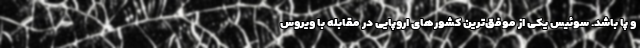
و پا باشد. سوئیس یکی از موفق‌ترین کشور‌های اروپایی در مقابله با ویروس